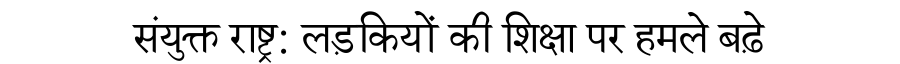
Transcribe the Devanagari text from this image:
संयुक्त राष्ट्र: लड़कियों की शिक्षा पर हमले बढ़े